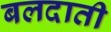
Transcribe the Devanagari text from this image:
बलदाती